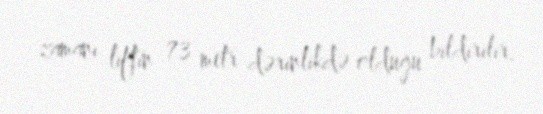
zamanı liftin 73 metr dərinlikdə olduğu bildirilir.